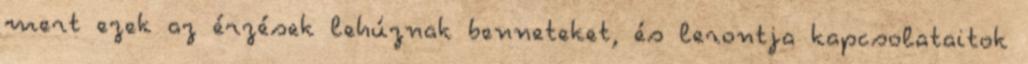
mert ezek az érzések lehúznak benneteket, és lerontja kapcsolataitok